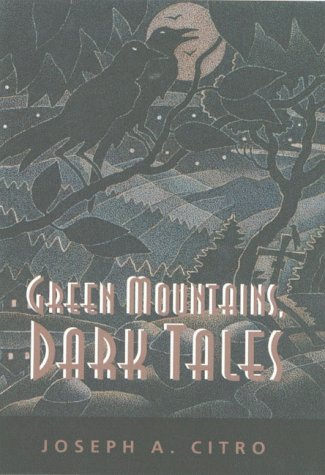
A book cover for Green Mountains, Dark Tales (Hardscrabble Books); Joseph A. Citro; Travel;